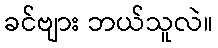
ခင်ဗျား ဘယ်သူလဲ။